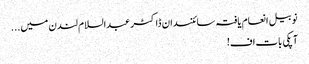
نوبیل انعام یافتہ سائنسدان ڈاکٹر عبدالسلام لندن میں...
آپکی بات اف!